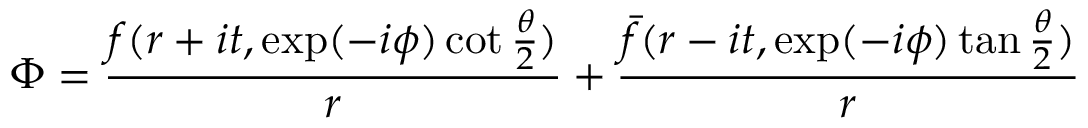
\Phi = { \frac { f ( r + i t , \exp ( - i \phi ) \cot { \frac { \theta } { 2 } } ) } { r } } + { \frac { \bar { f } ( r - i t , \exp ( - i \phi ) \tan { \frac { \theta } { 2 } } ) } { r } }